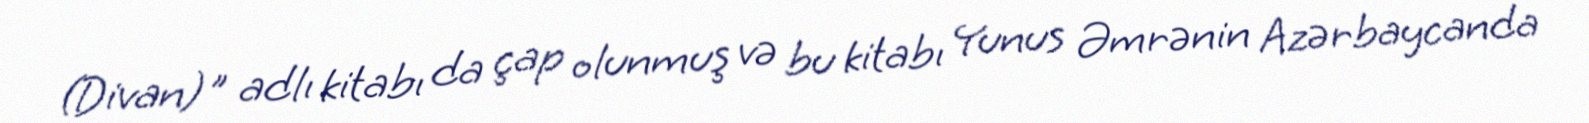
(Divan)" adlı kitabı da çap olunmuş və bu kitabı Yunus Əmrənin Azərbaycanda